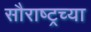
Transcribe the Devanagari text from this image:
सौराष्ट्रच्या